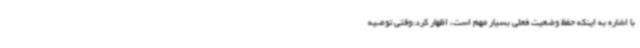
با اشاره به اینکه حفظ وضعیت فعلی بسیار مهم است، اظهار کرد:وقتی توصیه